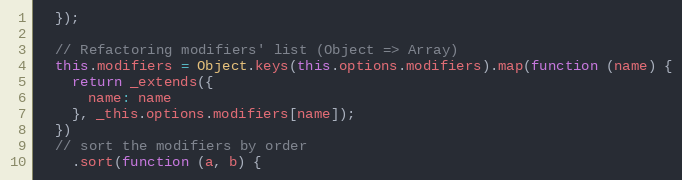
Language: JavaScript
  });

  // Refactoring modifiers' list (Object => Array)
  this.modifiers = Object.keys(this.options.modifiers).map(function (name) {
    return _extends({
      name: name
    }, _this.options.modifiers[name]);
  })
  // sort the modifiers by order
    .sort(function (a, b) {